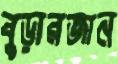
বুড়ারজান